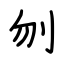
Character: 刎